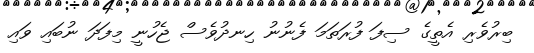
ބިރުވެރި އެތީގެ ސިފަ ފުރަތަމަ ފެނުނު ހިނދުވެސް ޖެހުނީ މިފަދަ ނުބައި ވައި